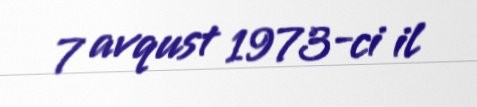
7 avqust 1973-ci il